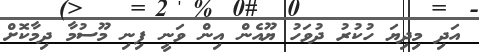
އަދި މިދިޔަ ހުކުރު ދުވަހު ޔޫއެން އިން ވަނީ ފިނި މޫސުމާ ދިމާކޮށް